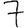
Digit: 7